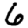
Digit: 6